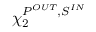
\chi _ { 2 } ^ { P ^ { O U T } , S ^ { I N } }